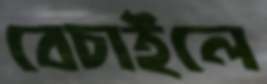
বেচাইলে